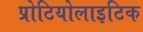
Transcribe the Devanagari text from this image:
प्रोटियोलाइटिक